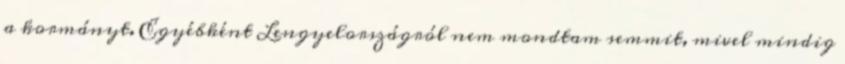
a kormányt. Egyébként Lengyelországról nem mondtam semmit, mivel mindig